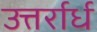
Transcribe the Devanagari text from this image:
उत्तर्रार्ध